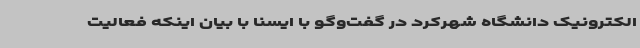
الکترونیک دانشگاه شهرکرد در گفت‌وگو با ایسنا با بیان اینکه فعالیت